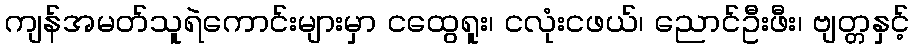
ကျန်အမတ်သူရဲကောင်းများမှာ ငထွေရူး၊ ငလုံးငဖယ်၊ ညောင်ဦးဖီး၊ ဗျတ္တနှင့်